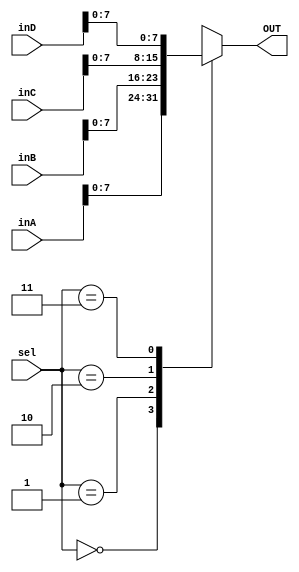
module MUX4x1( input [11:0] inA, inB, inC, inD, 
					input [1:0]sel,
					output reg [7:0] OUT
);

		always @(*)
		begin
			case(sel)
				2'b00: OUT <= inA;
				2'b01: OUT <= inB;
				2'b10: OUT <= inC;
				2'b11: OUT <= inD;
			endcase
		end 
		
		endmodule